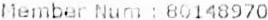
MEMBER NUM : 80148970